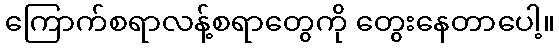
ကြောက်စရာလန့်စရာတွေကို တွေးနေတာပေါ့။